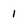
Character: 1